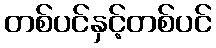
တစ်ပင်နှင့်တစ်ပင်